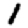
Digit: 1